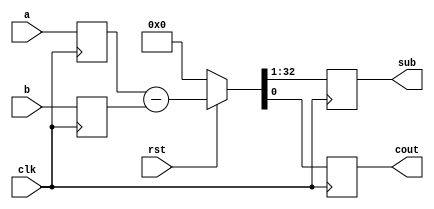
module sub32bit(clk,rst,a,b,cout,sub);
input [31:0]a,b;
input clk,rst;
output reg [31:0]sub;
output reg cout;
reg [31:0]ai,bi;
	always @(posedge clk) begin
	ai<=a;
	bi<=b;
if (~rst)
	{sub,cout}<= 0;
else
	{sub,cout}<=ai-bi;
end
endmodule